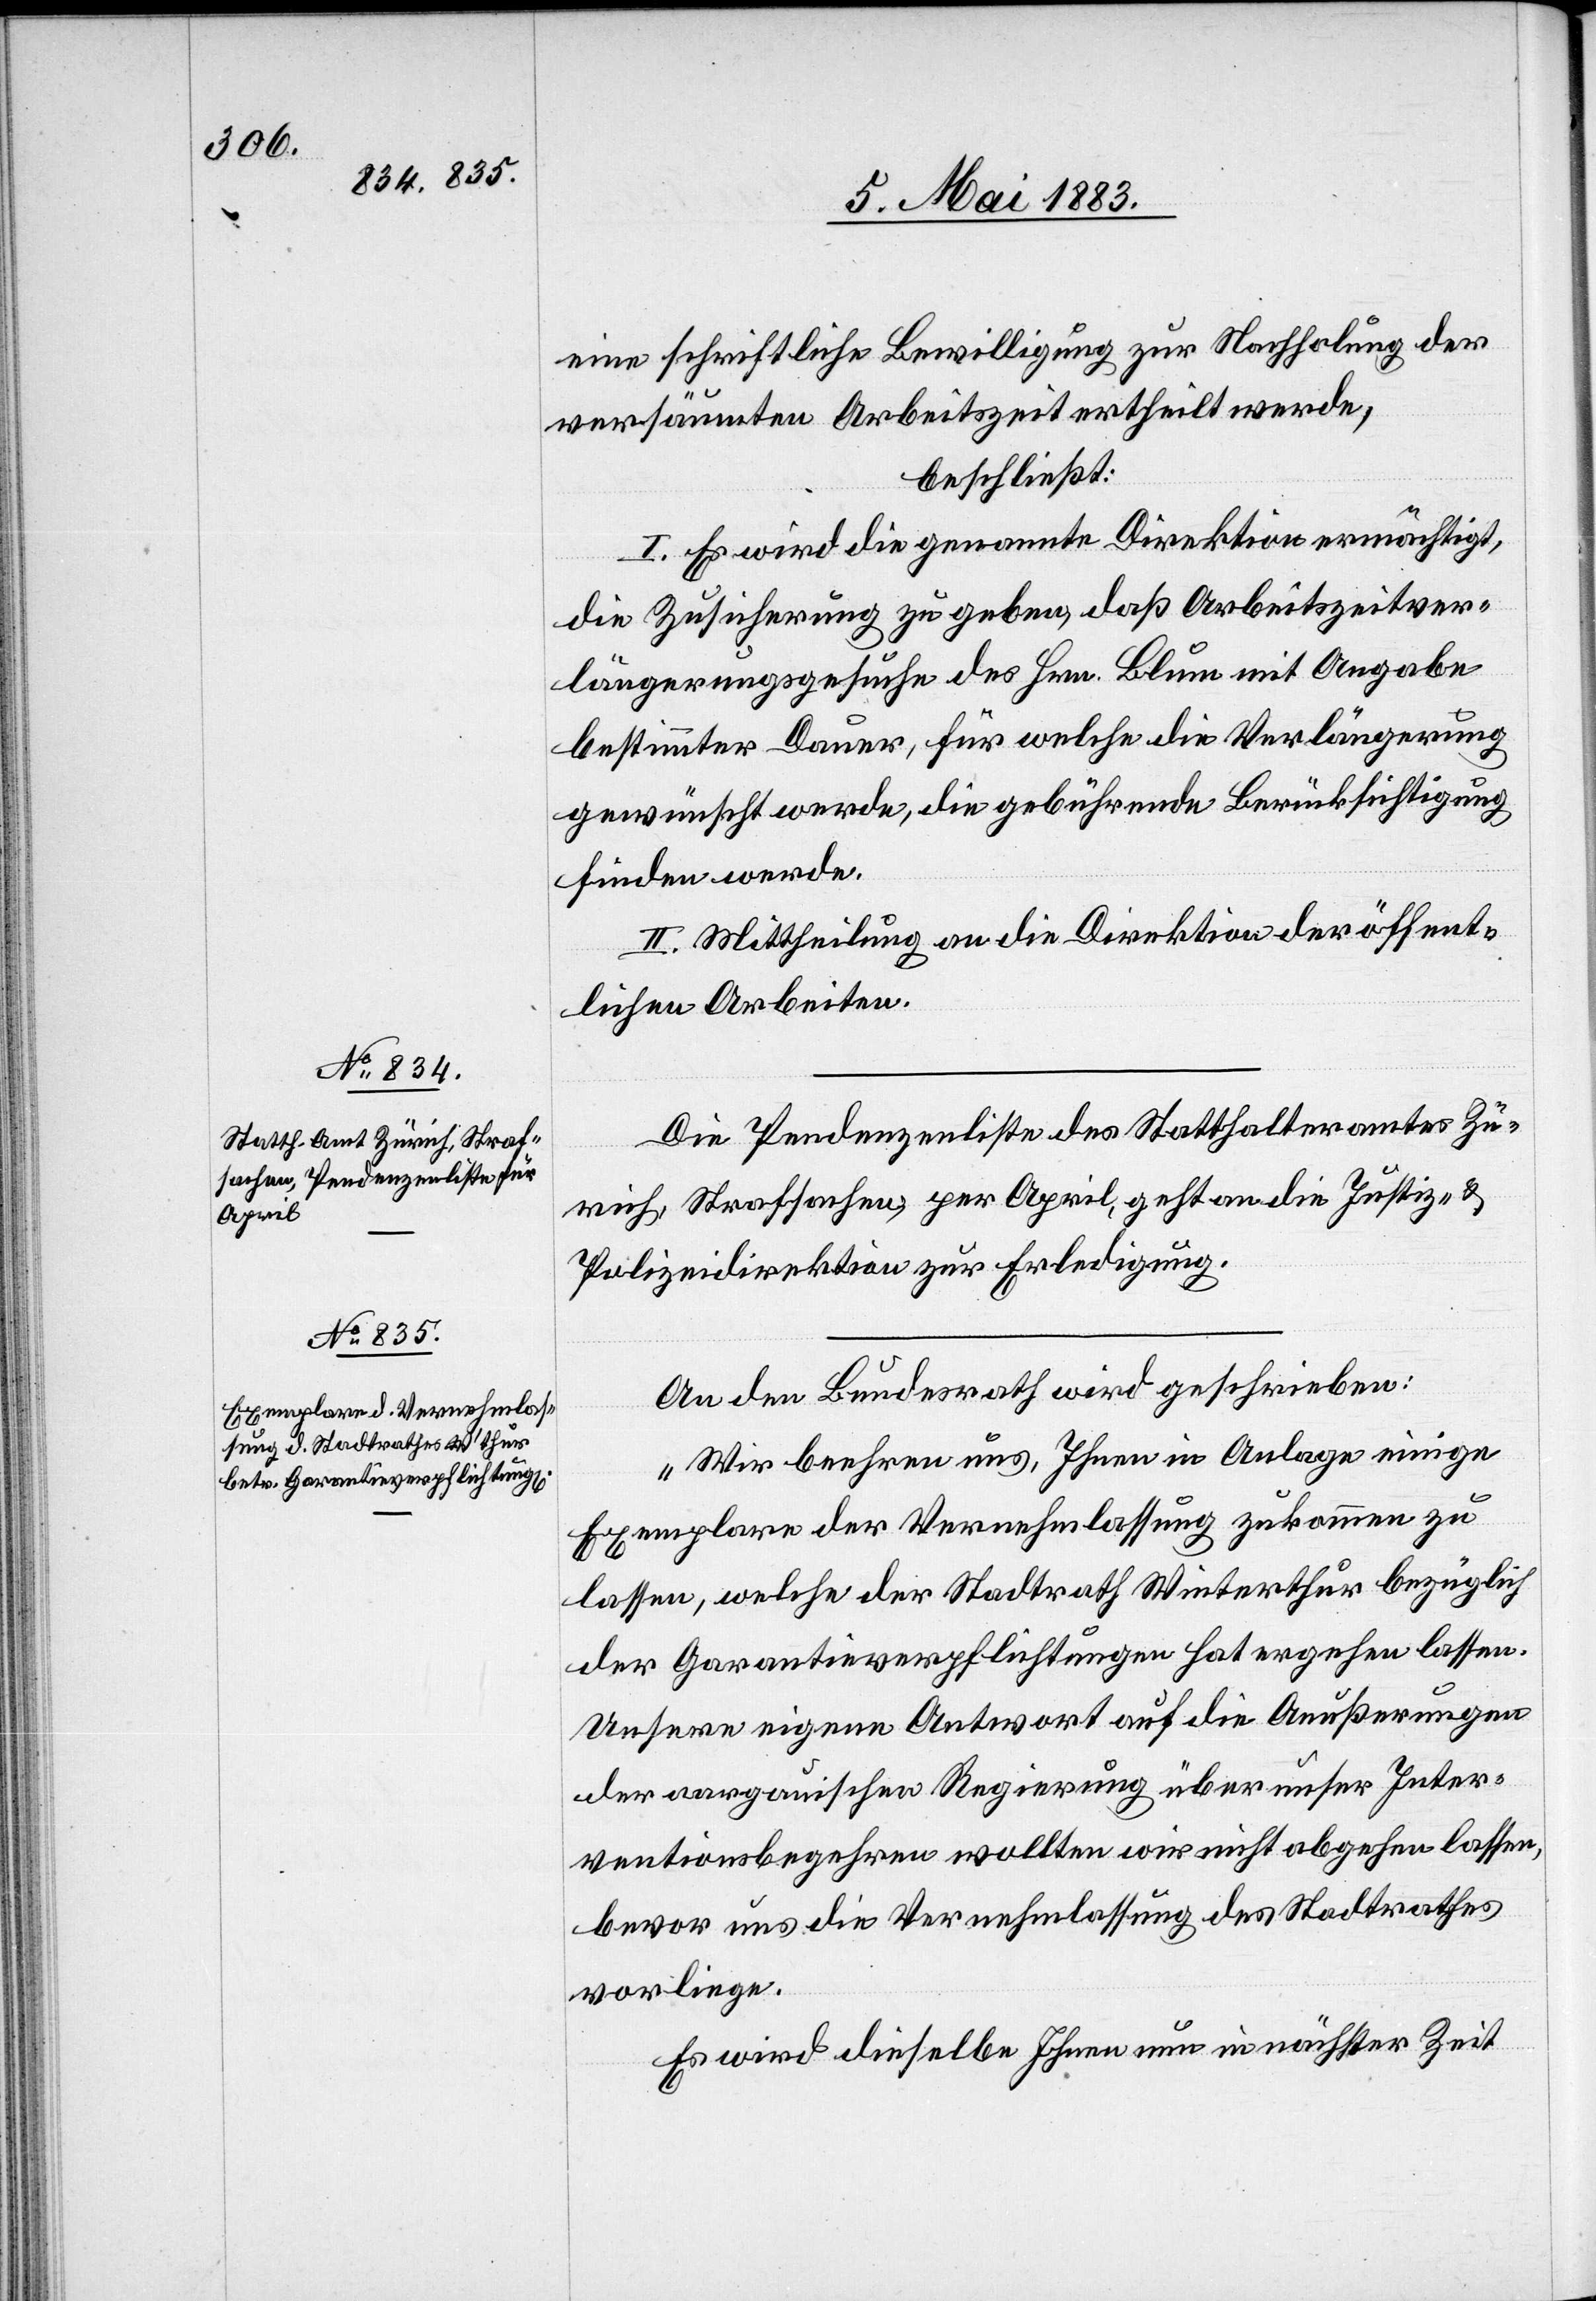
eine schriftliche Bewilligung zur Nachholung der
versäumten Arbeitszeit ertheilt werde,
beschließt:
I. Es wird die genannte Direktion ermächtigt,
die Zusicherung zu geben, daß Arbeitszeitver¬
längerungsgesuche des Hrn. Blum mit Angabe
bestimmter Dauer, für welche die Verlängerung
gewünscht werde, die gebührende Berücksichtigung
finden werde.
II. Mittheilung an die Direktion der öffent¬
lichen Arbeiten.
Die Pendenzenliste des Statthalteramtes Zü¬
rich, Strafsachen, per April, geht an die Justiz- &
Polizeidirektion zur Erledigung.
An den Bundesrath wird geschrieben:
„Wir beehren uns, Ihnen in Anlage einige
Exemplare der Vernehmlassung zukommen zu
lassen, welche der Stadtrath Winterthur bezüglich
der Garantieverpflichtungen hat ergehen lassen.
Unsere eigene Antwort auf die Aeußungen
der aargauischen Regierung über unser Inter¬
ventionsbegehren wollten wir nicht abgehen lassen,
bevor uns die Vernehmlassung des Stadtrathes
vorliege.
Es wird dieselbe Ihnen nun in nächster Zeit